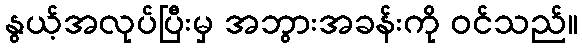
နွယ့်အလုပ်ပြီးမှ အဘွားအခန်းကို ဝင်သည်။